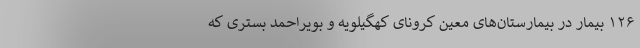
۱۲۶ بیمار در بیمارستان‌های معین کرونای کهگیلویه و بویراحمد بستری که